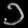
Digit: ၁